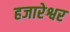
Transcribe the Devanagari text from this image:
हजारेश्वर